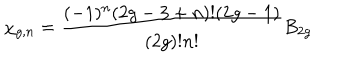
\chi _ { g , n } = { \frac { ( - 1 ) ^ { n } ( 2 g - 3 + n ) ! ( 2 g - 1 ) } { ( 2 g ) ! n ! } } B _ { 2 g }